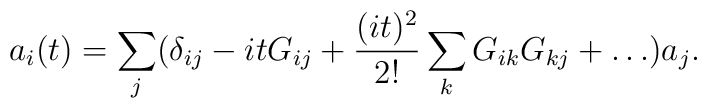
a_i(t)=\sum_j(\delta_{ij}-itG_{ij}+{(it)^2\over 2!}\sum_k G_{ik}G_{kj}+\dots) a_{j}.